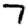
Digit: 7